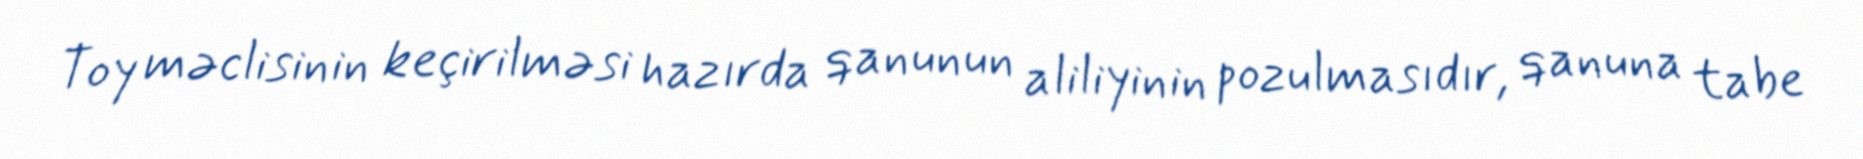
Toy məclisinin keçirilməsi hazırda qanunun aliliyinin pozulmasıdır, qanuna tabe